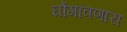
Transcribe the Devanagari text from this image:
घोंगावणारा